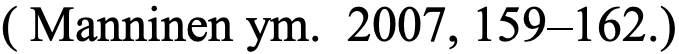
( Manninen ym. 2007, 159–162.)